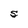
Character: S